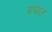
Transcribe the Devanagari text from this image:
पपात